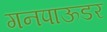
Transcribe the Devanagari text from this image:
गनपाऊडर